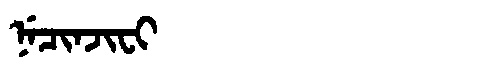
Manchu: ᠨᡝᠴᡳᠨᠵᡳᠸᡳ
Romanization: NECINJIFI